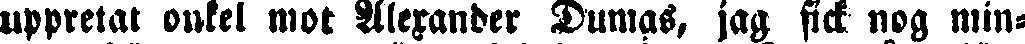
uppretat onkel mot Alexander Dumas, jag fick nog min-